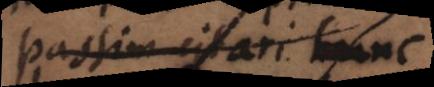
passim citari hunc